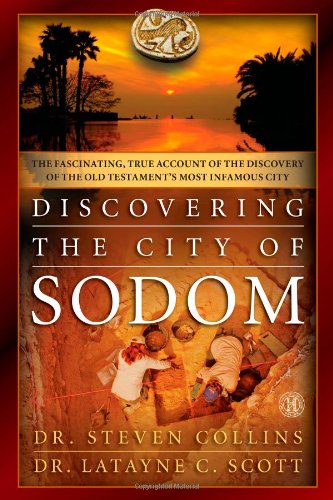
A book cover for Discovering the City of Sodom: The Fascinating, True Account of the Discovery of the Old Testament's Most Infamous City; Dr. Steven Collins; Religion & Spirituality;